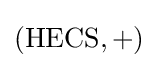
({\text{HECS}},+)